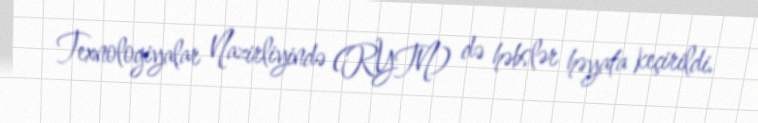
Texnologiyalar Nazirliyində (RYTN) də həbslər həyata keçirildi.